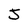
Character: S